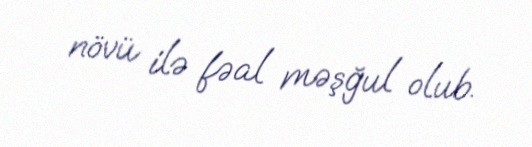
növü ilə fəal məşğul olub.